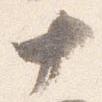
十